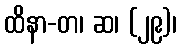
ထိနာ-တ၊ ဆ၊ (၂၉)၊